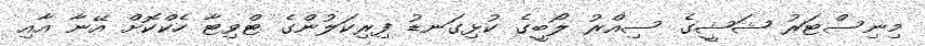
މިނިސްޓަރު ޝަޝީގެ ސިއްރު ލޯބީގެ ކުޅިގަނޑު ފިރިކަލުންގެ ޓްވިޓާ ހެކްކޮށް އޭނާ އާއި